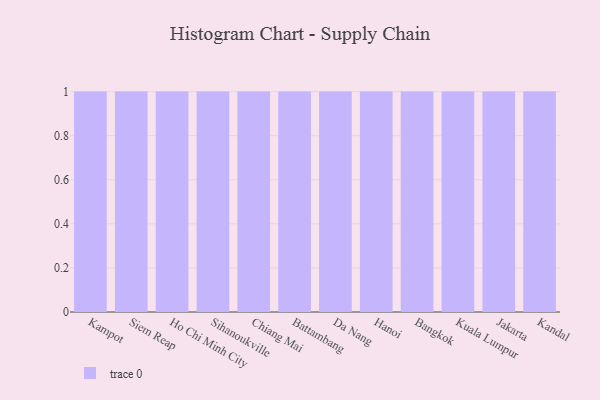
{"axis": {"x": "City", "y": "Backlog"}, "legend": [""], "data": [{"x": "Kampot", "y": 62, "type": ""}, {"x": "Siem Reap", "y": 79, "type": ""}, {"x": "Ho Chi Minh City", "y": 43, "type": ""}, {"x": "Sihanoukville", "y": 42, "type": ""}, {"x": "Chiang Mai", "y": 45, "type": ""}, {"x": "Battambang", "y": 86, "type": ""}, {"x": "Da Nang", "y": 28, "type": ""}, {"x": "Hanoi", "y": 64, "type": ""}, {"x": "Bangkok", "y": 31, "type": ""}, {"x": "Kuala Lumpur", "y": 55, "type": ""}, {"x": "Jakarta", "y": 69, "type": ""}, {"x": "Kandal", "y": 16, "type": ""}]}